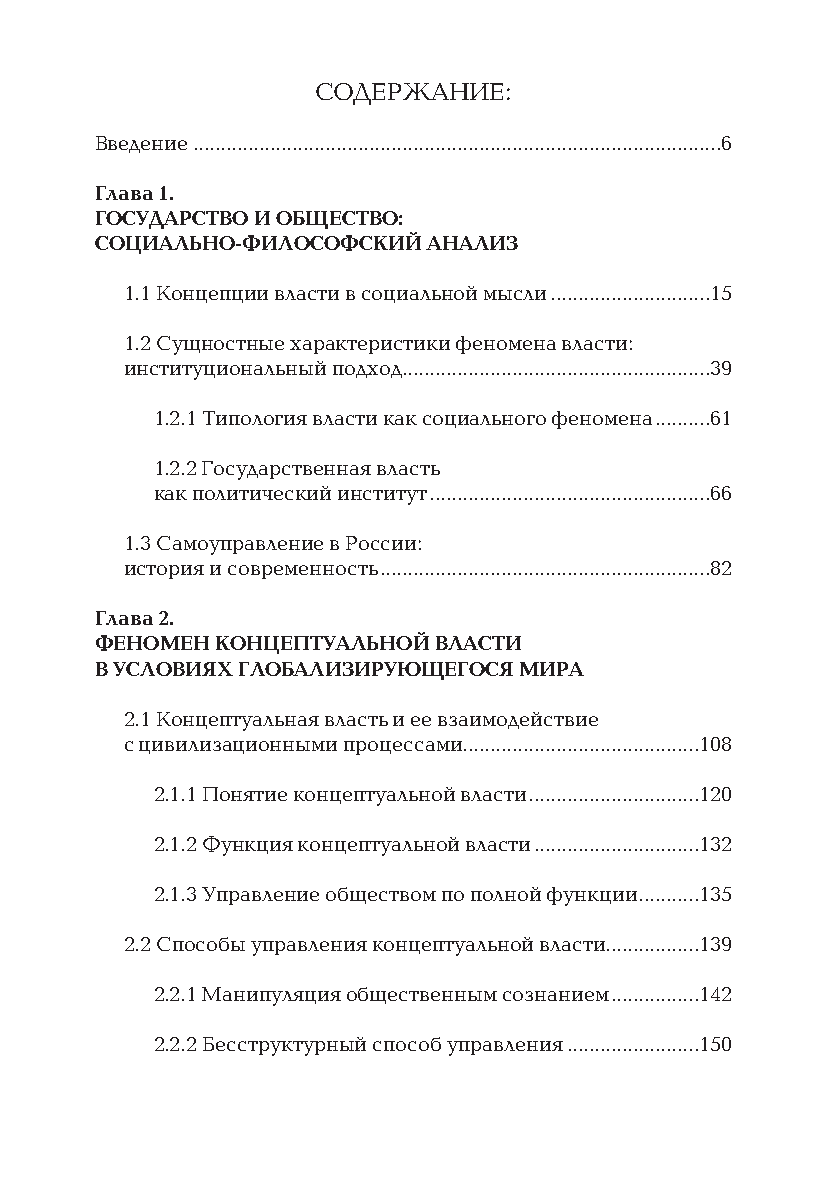
СОДЕРЖАНИЕ:
 Введение ................................................................................................6
 Глава 1.
 ГОСУДАРСТВО И ОБЩЕСТВО:
 СОЦИАЛЬНО-ФИЛОСОФСКИЙ АНАЛИЗ
 1.1 Концепции власти в социальной мысли .............................15
 1.2 Сущностные характеристики феномена власти:
 институциональный подход ........................................................39
 1.2.1 Типология власти как социального феномена ..........61
 1.2.2 Государственная власть
 как политический институт ...................................................66
 1.3 Самоуправление в России:
 история и современность ............................................................82
 Глава 2.
 ФЕНОМЕН КОНЦЕПТУАЛЬНОЙ ВЛАСТИ
 В УСЛОВИЯХ ГЛОБАЛИЗИРУЮЩЕГОСЯ МИРА
 2.1 Концептуальная власть и ее взаимодействие
 с цивилизационными процессами ...........................................108
 2.1.1 Понятие концептуальной власти ...............................120
 2.1.2 Функция концептуальной власти ..............................132
 2.1.3 Управление обществом по полной функции ...........135
 2.2 Способы управления концептуальной власти .................139
 2.2.1 Манипуляция общественным сознанием ................142
 2.2.2 Бесструктурный способ управления ........................150